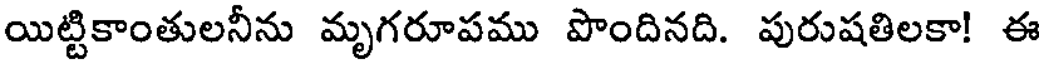
యిట్టికాంతులనీను మృగరూపము పొందినది. పురుషతిలకా! ఈ